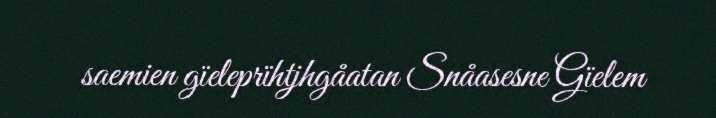
saemien gïeleprïhtjhgåatan Snåasesne Gïelem